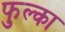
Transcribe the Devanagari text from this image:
फुल्का